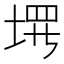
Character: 𪣰